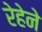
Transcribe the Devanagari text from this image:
रेहेने